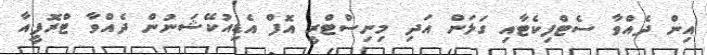
އިން ދެއްވާ ސެޓްފިކެޓާއި ގަލަން އަދި މިނިސްޓްރީ އޮފް އެޑިއުކޭޝަނުން ދެއްވާ ޓްރޮފީއާ